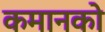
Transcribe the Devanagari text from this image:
कमानको